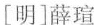
[明]薛瑄